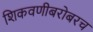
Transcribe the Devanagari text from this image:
शिकवणीबरोबरच